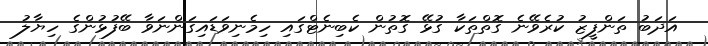
އަދަބު ތަންފީޒު ކުރެވޭނެ ގޮތްތަކާ ގުޅޭ ގޮތުން ކެބިނެޓްގައި ހިމެނިވަޑައިގަންނަވާ ބޭފުޅުންގެ ހިޔާލު